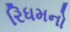
રિધમનો